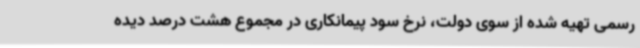
رسمی تهیه شده از سوی دولت، نرخ سود پیمانکاری در مجموع هشت درصد دیده